Annual report of the Central Committee of the Association together with the report of the directors of the Pasteur Institute at Kasauli
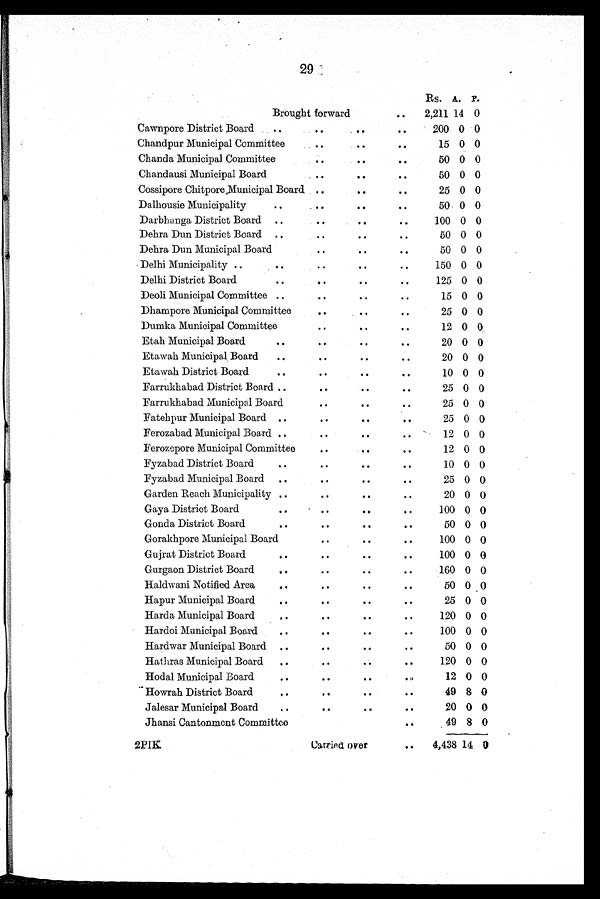
29
Brought forward
. .
Rs.
2,211
A.
14
P.
0
Cawnpore District Board
..
. .
. .
. .
200 0 0
Chandpur Municipal Committee
. .
. .
. .
15 0 0
Chanda Municipal Committee
. .
. .
. .
50 0 0
Chandausi Municipal Board
. .
. .
. .
50 0 0
Cossipore Chitpore Municipal Board . .
. .
. .
25 0 0
Dalhousie Municipality
..
. .
. .
. .
50 0 0
Darbhanga District Board ..
. .
. .
. .
100 0 0
Dehra Dun District Board ..
. .
. .
. .
50 0 0
Dehra Dun Municipal Board
. .
. .
. .
50 0 0
Delhi Municipality ..
. .
. .
. .
. .
150 0 0
Delhi District Board
. .
. .
. .
. .
125 0 0
Deoli Municipal Committee . .
. .
. .
. .
15 0 0
Dhampore Municipal Committee
. .
. .
. .
25 0 0
Dumka Municipal Committee
. .
. .
. .
12 0 0
Etah Municipal Board
. .
. .
. .
. .
20 0 0
Etawah Municipal. Board
. .
. .
. .
. .
20 0 0
Etawah District Board
. .
. .
. .
. .
10 0 0
Farrukhabad District Board . .
. .
. .
. .
25 0 0
Farrukhabad Municipal Board
. .
. .
. .
25 0 0
Fatehpur Municipal Board . .
. .
. .
. .
25 0 0
Ferozabad Municipal Board . .
. .
..
..
12 0 0
Ferozepore Municipal Committee
. .
. .
. .
12 0 0
Fyzabad District Board
. .
. .
. .
. .
10 0 0
Fyzabad Municipal Board
. .
. .
. .
. .
25 0 0
Garden Reach Municipality . .
. .
. .
. .
20 0 0
Gaya District Board
. .
. .
. .
. .
100 0 0
Gonda District Board
. .
. .
. .
. .
5 0 0 0
Gorakhpore Municipal Board
. .
. .
. .
100 0 0
Gujrat District Board
. .
. .
. .
. .
100 0 0
Gurgaon District Board
. .
. .
. .
. .
160 0 0
Haldwani Notified Area
. .
. .
. .
. .
50 0 0
Hapur Municipal Board
. .
. .
. .
. .
25 0 0
Harda Municipal Board
. .
. .
. .
. .
120 0 0
Hardoi Municipal Board
. .
. .
. .
. .
100 0 0
Hardwar Municipal Board . .
. .
. .
. .
50 0 0
Hathras Municipal Board
. .
. .
. .
. .
120 0 0
Hodal Municipal Board
. .
. .
. .
. .
12 0 0
.. Howrah District Board
. .
. .
. .
. .
49 8 0
Jalesar Municipal Board
. .
. .
. .
. .
20 0 0
Jhansi Cantonment Committee
. .
. .
. .
49 8 0
2PIK
Carried over
. .
4,438 14 0